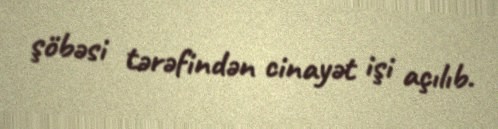
şöbəsi tərəfindən cinayət işi açılıb.